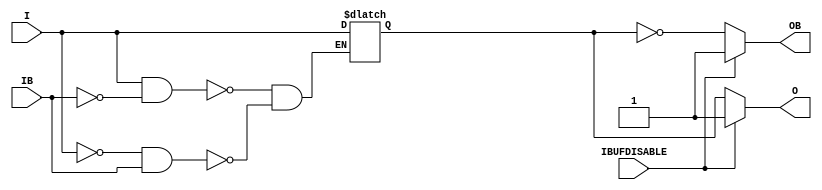
///////////////////////////////////////////////////////////////////////////////
// Copyright (c) 1995/2015 Xilinx, Inc.
// All Right Reserved.
///////////////////////////////////////////////////////////////////////////////
//   ____  ____
//  /   /\/   /
// /___/  \  /    Vendor : Xilinx
// \   \   \/     Version : 2015.4
//  \   \         Description : Xilinx Formal Library Component
//  /   /                  Differential Signaling Input Buffer with Differential Outputs
// /___/   /\     Filename : IBUFDS_DIFF_OUT_IBUFDISABLE.v
// \   \  /  \
//  \___\/\___\
//
///////////////////////////////////////////////////////////////////////////////
// Revision:
//    12/08/10 - Initial version.
//    02/05/14 - Removed X's assignment.
// End Revision
///////////////////////////////////////////////////////////////////////////////

`timescale  1 ps / 1 ps

`celldefine

module IBUFDS_DIFF_OUT_IBUFDISABLE (O, OB, I, IB, IBUFDISABLE);

    parameter DIFF_TERM = "FALSE";
    parameter DQS_BIAS = "FALSE";
    parameter IBUF_LOW_PWR = "TRUE";
    parameter IOSTANDARD = "DEFAULT";
    parameter SIM_DEVICE = "7SERIES";
    parameter USE_IBUFDISABLE = "TRUE";

`ifdef XIL_TIMING
    parameter LOC = "UNPLACED";
`endif //  `ifdef XIL_TIMING

    output O; 
    output OB;

    input I;
    input IB;
    input IBUFDISABLE;

    reg  o_out;

    always @(I or IB) begin
  if (I == 1'b1 && IB == 1'b0)
      o_out <= I;
  else if (I == 1'b0 && IB == 1'b1)
      o_out <= I;
    end

    generate
       case (USE_IBUFDISABLE)
          "TRUE" :  begin
                       assign O  = (IBUFDISABLE == 0)? o_out  : (IBUFDISABLE == 1)? 1'b1  : 1'b0;
                       assign OB = (IBUFDISABLE == 0)? ~o_out : (IBUFDISABLE == 1)? 1'b1  : 1'b0;
                    end
          "FALSE" : begin
                       assign O  =  o_out;
                       assign OB =  ~o_out;
                    end
       endcase
    endgenerate

endmodule

`endcelldefine